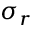
\sigma _ { r }